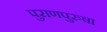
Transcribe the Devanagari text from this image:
पुराणपुरुषा